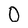
Character: 0